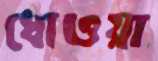
ধোওয়া